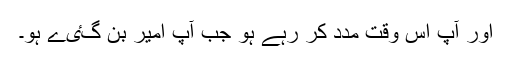
اور آپ اس وقت مدد کر رہے ہو جب آپ امیر بن گٸے ہو۔